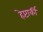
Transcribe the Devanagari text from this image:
हेप्टार्की